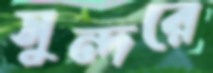
সুন্দরে